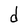
Character: d